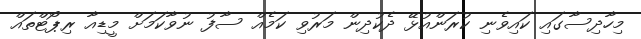
މިހާދިސާގައި ކައިވެނި ކުރަންއުޅޭ ދެކުދިން މަރުވި ކަމެއް ސާފު ނުވާކަމަށް މީޑިއާ ރިޕޯޓްތައް